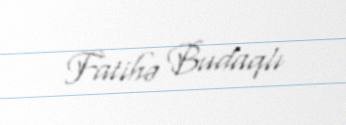
Fatihə Budaqlı